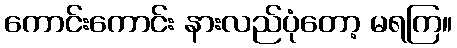
ကောင်းကောင်း နားလည်ပုံတော့ မရကြ။